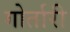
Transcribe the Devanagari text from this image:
गोर्तारी